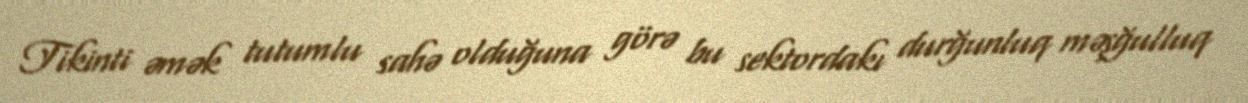
Tikinti əmək tutumlu sahə olduğuna görə bu sektordakı durğunluq məşğulluq